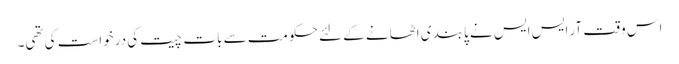
اس وقت آر ایس ایس نے پابندی اٹھانے کے لئے حکومت سے بات چیت کی درخواست کی تھی۔